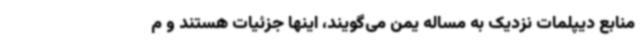
منابع دیپلمات نزدیک به مساله یمن می‌گویند، اینها جزئیات هستند و م